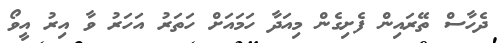
ދެހާސް ތޭރައިން ފެށިގެން މިއަދާ ހަމައަށް ހަތަރު އަހަރު ވާ އިރު އީވޯ